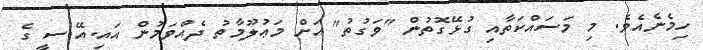
ހިމެނެއެވެ. މި މަސައްކަތާއި ގުޅޭގޮތުން "ވަގުތު" އަށް މަޢުލޫމާތު ދެއްވަމުން އައި.އޭ.ސީ ގެ